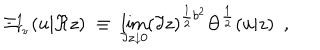
\Xi _ { r _ { \nu } } ^ { 1 } ( u | \Re z ) \; \equiv \; \lim _ { \Im z \downarrow 0 } ( \Im z ) ^ { \frac { 1 } { 2 } b ^ { 2 } } \Theta ^ { \frac { 1 } { 2 } } ( u | z ) \ \ ,